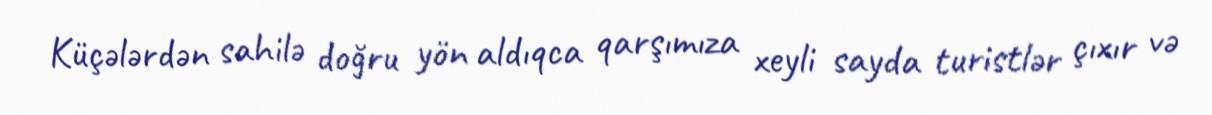
Küçələrdən sahilə doğru yön aldıqca qarşımıza xeyli sayda turistlər çıxır və